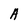
Character: A